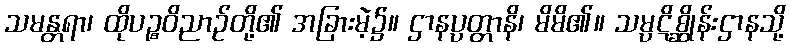
သမန္တရာ၊ ထိုပဉ္စဝိညာဉ်တို့၏ အခြားမဲ့၌။ ဌာနပ္ပတ္တာနိ၊ မိမိ၏။ သမ္ပဋိစ္ဆိုန်းဌာနသို့